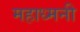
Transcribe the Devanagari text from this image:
महाध्मनी